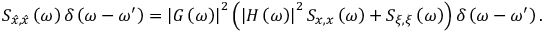
S _ { \hat { x } , \hat { x } } \left( \omega \right) \delta \left( \omega - \omega ^ { \prime } \right) = \left| G \left( \omega \right) \right| ^ { 2 } \left( \left| H \left( \omega \right) \right| ^ { 2 } S _ { x , x } \left( \omega \right) + S _ { \xi , \xi } \left( \omega \right) \right) \delta \left( \omega - \omega ^ { \prime } \right) .